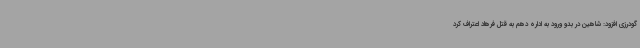
گودرزی افزود: شاهین در بدو ورود به اداره دهم به قتل فرهاد اعتراف کرد